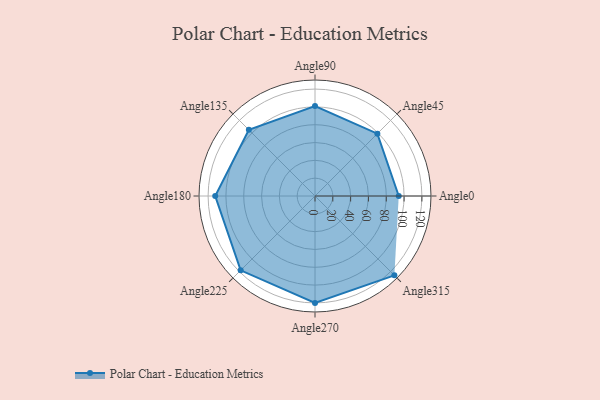
{"axis": {"x": "Angle", "y": "Radius"}, "legend": [""], "data": [{"x": "Angle0", "y": 94.0, "type": ""}, {"x": "Angle45", "y": 99.0, "type": ""}, {"x": "Angle90", "y": 101.0, "type": ""}, {"x": "Angle135", "y": 105.0, "type": ""}, {"x": "Angle180", "y": 112.0, "type": ""}, {"x": "Angle225", "y": 118.0, "type": ""}, {"x": "Angle270", "y": 120.0, "type": ""}, {"x": "Angle315", "y": 126.0, "type": ""}]}